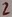
Text: 2